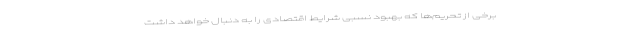
برخی از تحریم‌ها که بهبود نسبی شرایط اقتصادی را به دنبال خواهد داشت